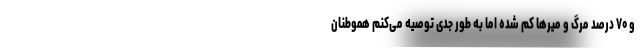
و ۷۰ درصد مرگ و میرها کم شده اما به طور جدی توصیه می‌کنم هموطنان